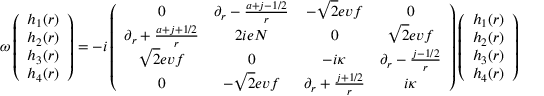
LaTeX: \omega \left( \begin{array} { c } { { h _ { 1 } ( r ) } } \\ { { h _ { 2 } ( r ) } } \\ { { h _ { 3 } ( r ) } } \\ { { h _ { 4 } ( r ) } } \end{array} \right) = - i \left( \begin{array} { c c c c } { { 0 } } & { { \partial _ { r } - { \frac { a + j - 1 / 2 } { r } } } } & { { - \sqrt { 2 } e v f } } & { { 0 } } \\ { { \partial _ { r } + { \frac { a + j + 1 / 2 } { r } } } } & { { 2 i e N } } & { { 0 } } & { { \sqrt { 2 } e v f } } \\ { { \sqrt { 2 } e v f } } & { { 0 } } & { { - i \kappa } } & { { \partial _ { r } - { \frac { j - 1 / 2 } { r } } } } \\ { { 0 } } & { { - \sqrt { 2 } e v f } } & { { \partial _ { r } + { \frac { j + 1 / 2 } { r } } } } & { { i \kappa } } \end{array} \right) \left( \begin{array} { c } { { h _ { 1 } ( r ) } } \\ { { h _ { 2 } ( r ) } } \\ { { h _ { 3 } ( r ) } } \\ { { h _ { 4 } ( r ) } } \end{array} \right)